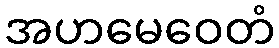
အဟမေဝေတံ